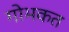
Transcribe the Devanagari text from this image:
गोभकत